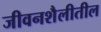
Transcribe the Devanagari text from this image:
जीवनशैलीतील